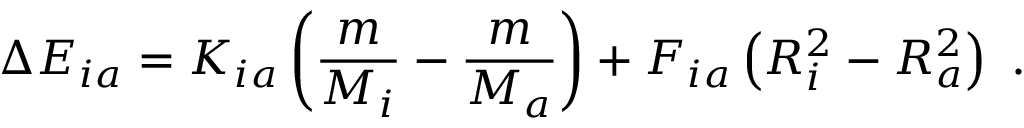
\Delta E _ { i a } = K _ { i a } \left( \frac { m } { M _ { i } } - \frac { m } { M _ { a } } \right) + F _ { i a } \left( R _ { i } ^ { 2 } - R _ { a } ^ { 2 } \right) \ .